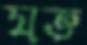
যজ্ঞ